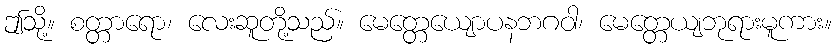
ဤသို့။ စတ္တာရော၊ လေးဆူတို့သည်။ မေတ္တေယျောပနဘဂဝါ၊ မေတ္တေယျဘုရားမူကား။